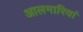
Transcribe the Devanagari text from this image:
आलमारियां